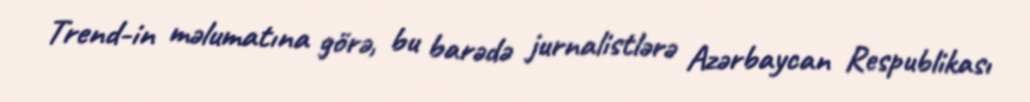
Trend-in məlumatına görə, bu barədə jurnalistlərə Azərbaycan Respublikası